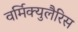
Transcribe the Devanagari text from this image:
वर्मिक्युलैरिस